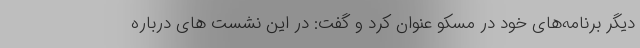
دیگر برنامه‌های خود در مسکو عنوان کرد و گفت: در این نشست های درباره